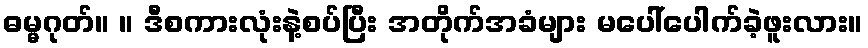
ဓမ္မဂုတ်။ ။ ဒီစကားလုံးနဲ့စပ်ပြီး အတိုက်အခံများ မပေါ်ပေါက်ခဲ့ဖူးလား။